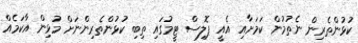
ކުޅުންތެރިން ނެތުމުން ކަމަށާއި އެއީ ޕޮލިސް ޓީމުގައި ތިބި ކުޅުންތެރިންނަށް މުޅިން އާކަމެއް